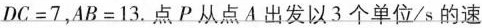
DC=7，AB=13.点P从点A出发以3个单位/s的速